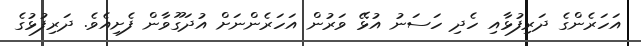
އަހަރެންގެ ދަރިފުޅާއި ހެދި ހަސަނު އުޅޭ ވަރުން އަހަރެންނަށް އުދަގޫވާން ފެށިއެވެ. ދަރިފުޅުގެ